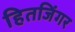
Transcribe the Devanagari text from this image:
हितजिंगर